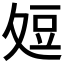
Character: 𭐞